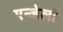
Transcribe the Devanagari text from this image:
एन्जेलो